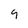
Character: 9